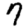
Digit: 7